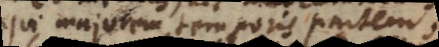
qui majorem temporis partem